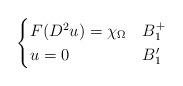
LaTeX: \begin{align*} \begin{cases}F(D^{2}u)=\chi_\Omega & B_{1}^{+}\\u=0 & B'_{1}\end{cases}\end{align*}